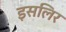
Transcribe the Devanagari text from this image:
इसलिर